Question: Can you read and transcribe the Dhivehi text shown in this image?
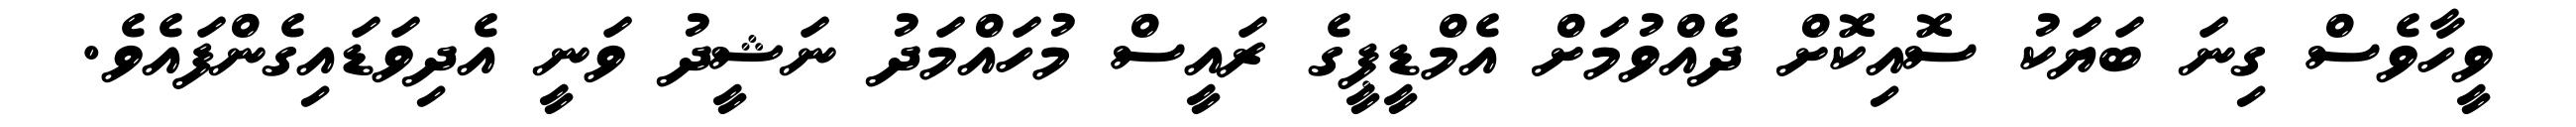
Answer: ވީހާވެސް ގިނަ ބަޔަކު ސޮއިކޮށް ދެއްވުމަށް އެމްޑީޕީގެ ރައީސް މުހައްމަދު ނަޝީދު ވަނީ އެދިވަޑައިގެންފައެވެ.